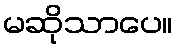
မဆိုသာပေ။